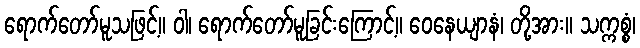
ရောက်တော်မူသဖြင့်။ ဝါ၊ ရောက်တော်မူခြင်းကြောင့်။ ဝေနေယျာနံ၊ တို့အား။ သက္ကစ္စံ၊